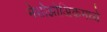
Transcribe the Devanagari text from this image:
मेसोझोअिकमध्ये